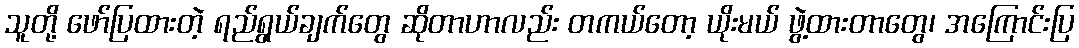
သူတို့ ဖော်ပြထားတဲ့ ရည်ရွယ်ချက်တွေ ဆိုတာဟာလည်း တကယ်တော့ ယိုးမယ် ဖွဲ့ထားတာတွေ၊ အကြောင်းပြ